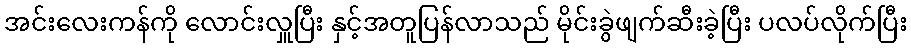
အင်းလေးကန်ကို လောင်းလှူပြီး နှင့်အတူပြန်လာသည် မိုင်းခွဲဖျက်ဆီးခဲ့ပြီး ပလပ်လိုက်ပြီး